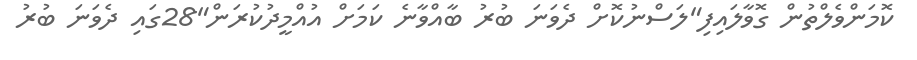
ކޮމަންވެލްތުން ގޮވާލައިފި"ލަސްނުކޮށް ދެވަނަ ބުރު ބާއްވާނެ ކަމަށް އުއްމީދުކުރަން"28ގައި ދެވަނަ ބުރު